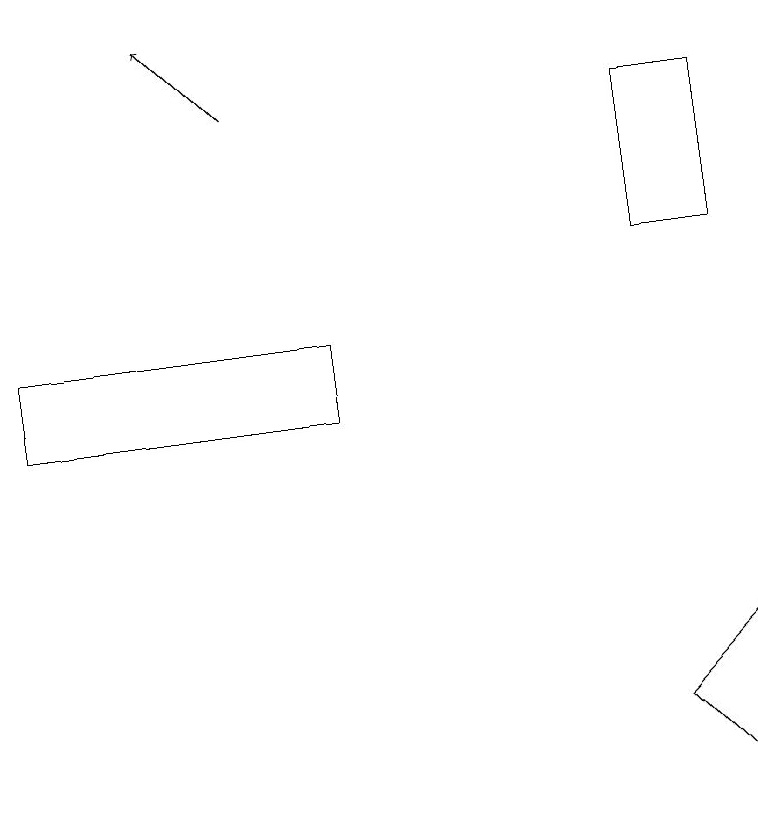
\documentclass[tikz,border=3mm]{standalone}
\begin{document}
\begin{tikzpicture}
\draw[->] (3,16) -- (2,17);
\draw (0,12) rectangle (4,13);
\draw (9,14) rectangle (8,16);
\draw (8,8) -- (9,7) -- (9,9) -- cycle;
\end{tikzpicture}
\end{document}